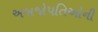
અબજોપતિઓની